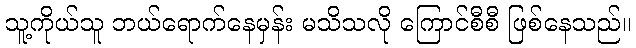
သူ့ကိုယ်သူ ဘယ်ရောက်နေမှန်း မသိသလို ကြောင်စီစီ ဖြစ်နေသည်။